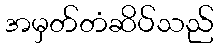
အမှတ်တံဆိပ်သည်